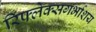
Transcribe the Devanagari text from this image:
रिफ्लेक्सगर्भाशय